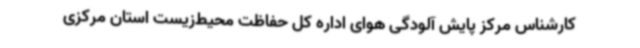
کارشناس مرکز پایش آلودگی هوای اداره کل حفاظت محیط‌زیست استان مرکزی